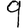
Digit: 9